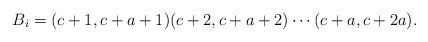
LaTeX: \begin{align*}{}B_i = (c+1,c+a+1) (c+2, c+a+2) \cdots (c+a, c+2a).\end{align*}